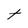
Character: t